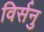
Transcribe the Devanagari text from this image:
विर्सनु